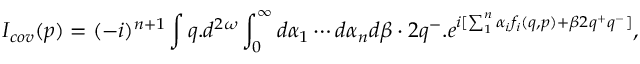
I _ { c o v } ( p ) = ( - i ) ^ { n + 1 } \int q . d ^ { 2 \omega } \int _ { 0 } ^ { \infty } d \alpha _ { 1 } \cdots d \alpha _ { n } d \beta \cdot 2 q ^ { - } . e ^ { i [ \sum _ { 1 } ^ { n } \alpha _ { i } f _ { i } ( q , p ) + \beta 2 q ^ { + } q ^ { - } ] } ,